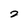
Character: 2